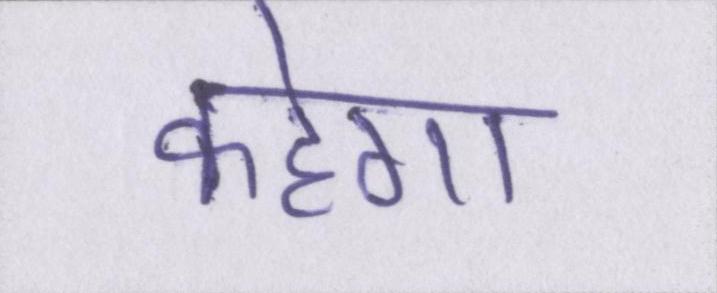
कहेगा